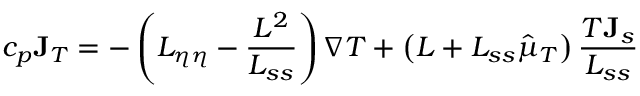
c _ { p } { \bf J } _ { T } = - \left( L _ { \eta \eta } - \frac { L ^ { 2 } } { L _ { s s } } \right) \nabla T + \left( L + L _ { s s } \hat { \mu } _ { T } \right) \frac { T { \bf J } _ { s } } { L _ { s s } }